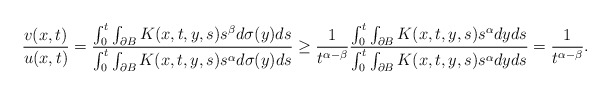
\begin{align*}\frac{v(x,t)}{u(x,t)} = \frac{\int_{0}^t \int_{\partial B} K(x,t,y,s) s^{\beta} d\sigma(y) ds}{ \int_{0}^t \int_{\partial B} K(x,t,y,s) s^{\alpha} d\sigma(y) ds} \geq \frac{1}{t^{\alpha - \beta}} \frac{\int_0^t \int_{\partial B} K(x,t, y, s) s^{\alpha} dy ds}{ \int_0^t \int_{\partial B} K(x,t, y, s) s^{\alpha} dy ds}= \frac{1}{t^{\alpha - \beta}}.\end{align*}